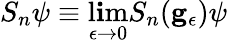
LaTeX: S_{n}\psi\equiv\operatorname*{l\mathbf{i}m}_{\epsilon\rightarrow0}S_{n}(\mathbf{{g}}_{\epsilon})\psi